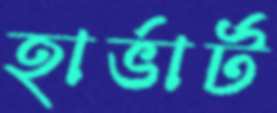
হার্ভার্ট